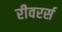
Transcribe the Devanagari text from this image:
रीवरर्स